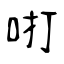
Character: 咑